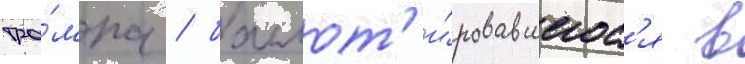
тра́мпа / баллот'и́ровавшегос'я в